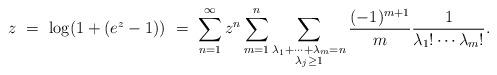
LaTeX: \begin{align*} z \ =\ \log(1 + (e^z-1))\ =\ \sum_{n=1}^\infty z^n \sum_{m=1}^n \sum_{\substack{\lambda_1 + \cdots + \lambda_m = n \\ \lambda_j \ge 1}} \frac{(-1)^{m + 1}}{m} \frac{1}{\lambda_1 ! \cdots \lambda_m !}.\end{align*}